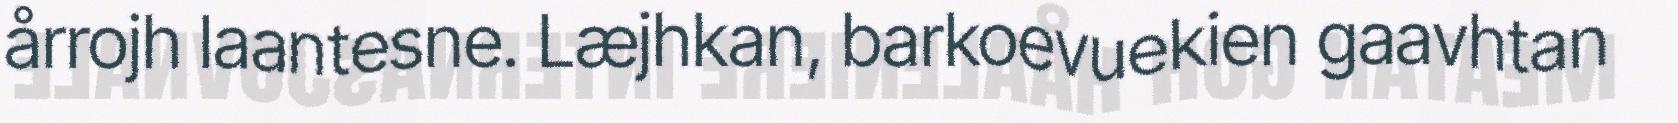
årrojh laantesne. Læjhkan, barkoevuekien gaavhtan